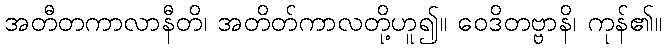
အတီတကာလာနီတိ၊ အတိတ်ကာလတို့ဟူ၍။ ဝေဒိတဗ္ဗာနိ၊ ကုန်၏။